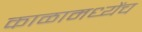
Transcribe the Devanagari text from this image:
काळामध्येंच